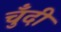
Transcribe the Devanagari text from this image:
चुँदी